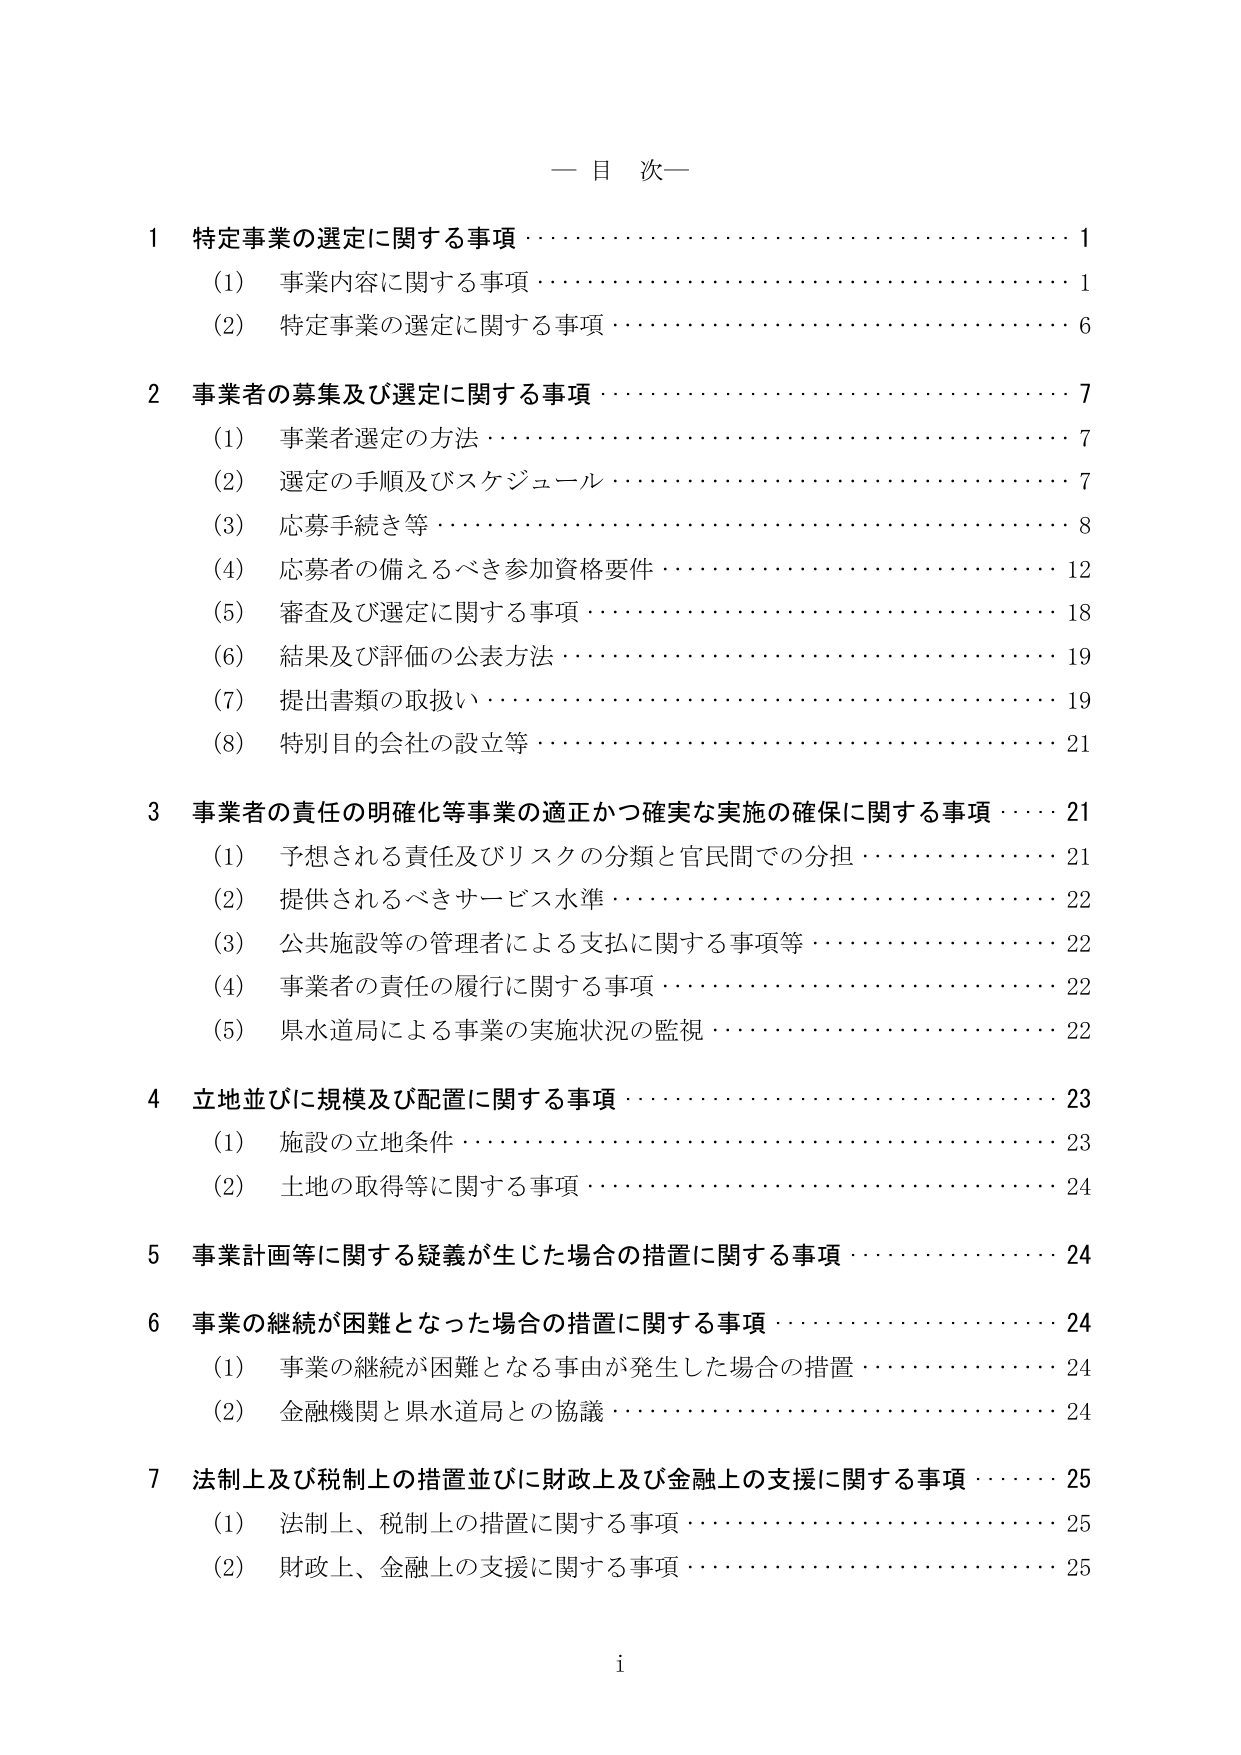
一 目 次 一

1 特定事業の選定に関する事項 1
　(1) 事業内容に関する事項 1
　(2) 特定事業の選定に関する事項 6

2 事業者の募集及び選定に関する事項 7
　(1) 事業者選定の方法 7
　(2) 選定の手順及びスケジュール 7
　(3) 応募手続き等 8
　(4) 応募者の備えるべき参加資格要件 12
　(5) 審査及び選定に関する事項 18
　(6) 結果及び評価の公表方法 19
　(7) 提出書類の取扱い 19
　(8) 特別目的会社の設立等 21

3 事業者の責任の明確化等事業の適正かつ確実な実施の確保に関する事項 21
　(1) 予想される責任及びリスクの分類と官民間での分担 21
　(2) 提供されるべきサービス水準 22
　(3) 公共施設等の管理者による支払に関する事項等 22
　(4) 事業者の責任の履行に関する事項 22
　(5) 県水道局による事業の実施状況の監視 22

4 立地並びに規模及び配置に関する事項 23
　(1) 施設の立地条件 23
　(2) 土地の取得等に関する事項 24

5 事業計画等に関する疑義が生じた場合の措置に関する事項 24

6 事業の継続が困難となった場合の措置に関する事項 24
　(1) 事業の継続が困難となる事由が発生した場合の措置 24
　(2) 金融機関と県水道局との協議 24

7 法制上及び税制上の措置並びに財政上及び金融上の支援に関する事項 25
　(1) 法制上、税制上の措置に関する事項 25
　(2) 財政上、金融上の支援に関する事項 25

i